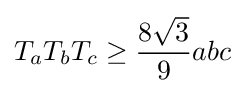
T_{a}T_{b}T_{c}\geq {\frac {8{\sqrt {3}}}{9}}abc